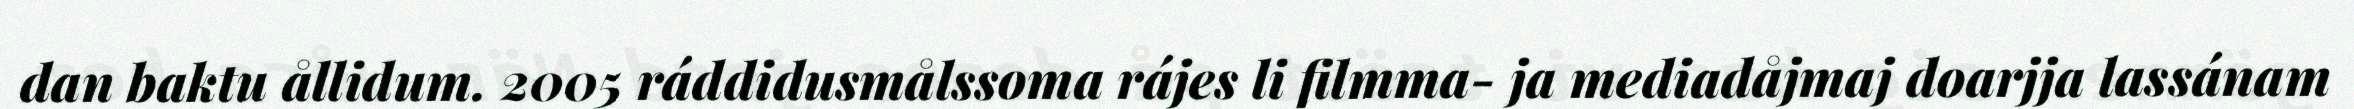
dan baktu ållidum. 2005 ráddidusmålssoma rájes li filmma- ja mediadåjmaj doarjja lassánam